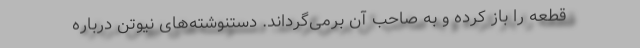
قطعه را باز کرده و به صاحب آن برمی‌گرداند. دستنوشته‌های نیوتن درباره